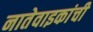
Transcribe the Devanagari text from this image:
नातेवाइकांची